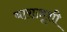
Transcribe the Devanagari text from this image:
बाराज़ूशी